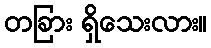
တခြား ရှိသေးလား။